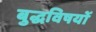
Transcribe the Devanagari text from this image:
बुद्धविषयों